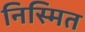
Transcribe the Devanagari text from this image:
निस्मित